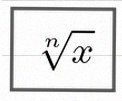
\sqrt[n]{x}